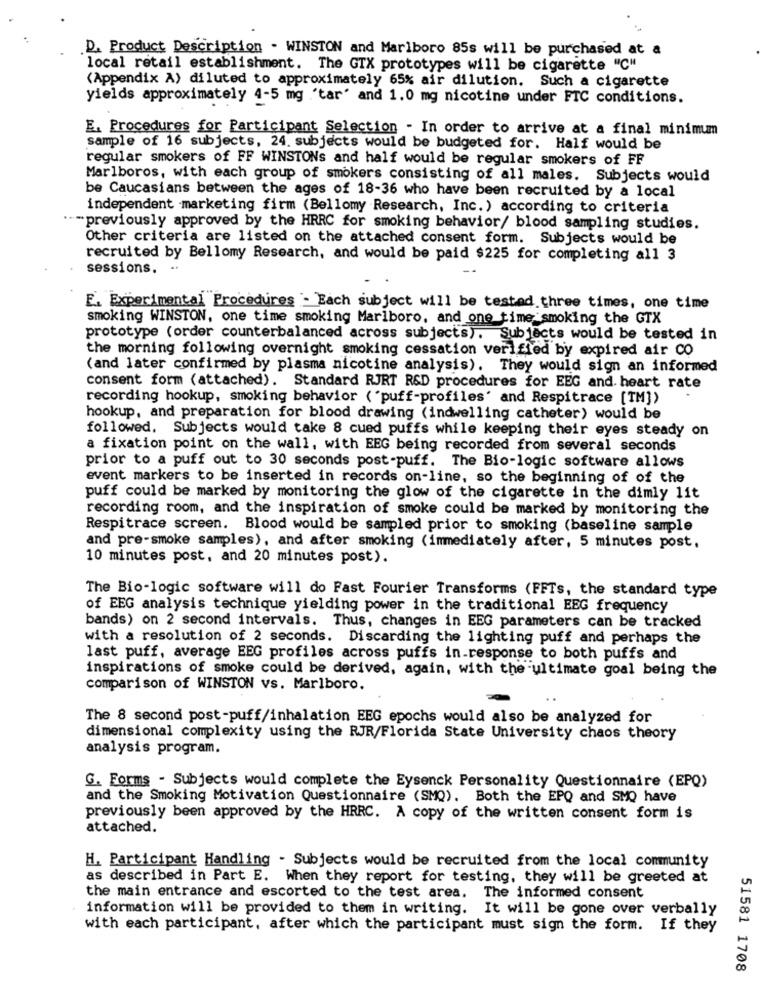
D. Product Description - WINSTON and Marlboro 85s will be purchased at a
local retail establishment. The GTX prototypes will be cigarette "C"
(Appendix A) diluted to approximately 65% air dilution. Such a cigarette
yields approximately 4-5 mg 'tar' and 1.0 mg nicotine under FTC conditions.
E. Procedures for Participant Selection - In order to arrive at a final minimum
sample of 16 subjects, 24. subjects would be budgeted for. Half would be
regular smokers of FF WINSTONs and half would be regular smokers of FF
Marlboros, with each group of smokers consisting of all males. Subjects would
be Caucasians between the ages of 18-36 who have been recruited by a local
independent marketing firm (Bellomy Research, Inc.) according to criteria
-previously approved by the HRRC for smoking behavior/ blood sampling studies.
Other criteria are listed on the attached consent form. Subjects would be
recruited by Bellomy Research, and would be paid $225 for completing all 3
sessions. -
E. Experimental Procedures - Each subject will be tested three times, one time
smoking WINSTON, one time smoking Marlboro, and one time smoking the GTX
prototype (order counterbalanced across subjects). Subjects would be tested in
the morning following overnight smoking cessation verified by expired air CO
(and later confirmed by plasma nicotine analysis). They would sign an informed
consent form (attached). Standard RJRT R&D procedures for EEG and. heart rate
recording hookup, smoking behavior ( "puff-profiles' and Respitrace [TM]>
hookup, and preparation for blood drawing (indwelling catheter) would be
followed. Subjects would take 8 cued puffs while keeping their eyes steady on
a fixation point on the wall, with EEG being recorded from several seconds
prior to a puff out to 30 seconds post-puff. The Bio-logic software allows
event markers to be inserted in records on-line, so the beginning of of the
puff could be marked by monitoring the glow of the cigarette in the dimly lit
recording room, and the inspiration of smoke could be marked by monitoring the
Respitrace screen. Blood would be sampled prior to smoking (baseline sample
and pre-smoke samples), and after smoking (immediately after, 5 minutes post.
10 minutes post, and 20 minutes post).
The Bio-logic software will do Fast Fourier Transforms (FFTs, the standard type
of EEG analysis technique yielding power in the traditional EEG frequency
bands) on 2 second intervals. Thus, changes in EEG parameters can be tracked
with a resolution of 2 seconds. Discarding the lighting puff and perhaps the
last puff, average EEG profiles across puffs in response to both puffs and
inspirations of smoke could be derived, again, with the ultimate goal being the
comparison of WINSTON vs. Marlboro.
The 8 second post-puff/inhalation EEG epochs would also be analyzed for
dimensional complexity using the RJR/Florida State University chaos theory
analysis program.
G. Forms - Subjects would complete the Eysenck Personality Questionnaire (EPQ)
and the Smoking Motivation Questionnaire (SMQ). Both the EPQ and SMQ have
previously been approved by the HRRC. A copy of the written consent form is
attached.
H. Participant Handling - Subjects would be recruited from the local community
as described in Part E. When they report for testing, they will be greeted at
the main entrance and escorted to the test area. The informed consent
information will be provided to them in writing. It will be gone over verbally
with each participant, after which the participant must sign the form. If they
51581 1708